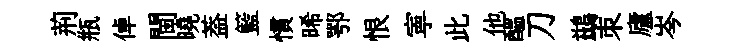
荊瓶倬閫曉葢籃慣晞鄂恨寕此他醖刀鷀朿廬岑